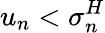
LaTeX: u_{n}<\sigma_{n}^{H}